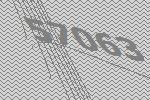
57063